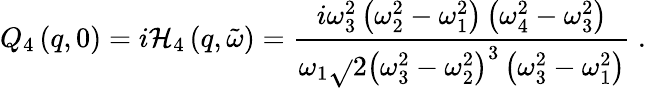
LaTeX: Q_{4}\left(q,0\right)=i\mathcal{H}_{4}\left(q,\tilde{{\omega}}\right)=\frac{{i\omega_{3}^{2}\left(\omega_{2}^{2}-\omega_{1}^{2}\right)\left(\omega_{4}^{2}-\omega_{3}^{2}\right)}}{{\omega_{1}\sqrt{}{{2\left(\omega_{3}^{2}-\omega_{2}^{2}\right)^{3}\left(\omega_{3}^{2}-\omega_{1}^{2}\right)}}}}\ .